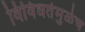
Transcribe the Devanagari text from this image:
विविधतेमुळेच